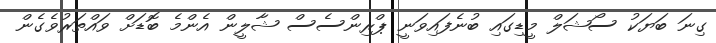
ގިނަ ބަޔަކު ސޯޝަލް މީޑިގައި ބުނެފައިވަނީ ޕްރިންސެސް ޝާލީން އެންމެ ބޮޑަށް ވައްތަރުވެގެން